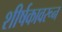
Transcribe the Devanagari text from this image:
शीर्षकावरून